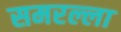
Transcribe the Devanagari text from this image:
समरल्ला